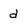
Character: d